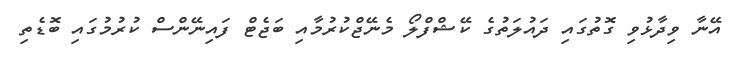
އޭނާ ވިދާޅުވި ގޮތުގައި ދައުލަތުގެ ކޭޝްފްލޯ މެނޭޖްކުރުމާއި ބަޖެޓް ފައިނޭންސް ކުރުމުގައި ބޮޑެތި